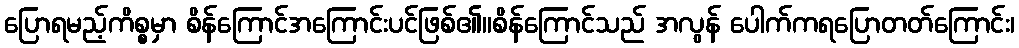
ပြောရမည့်ကိစ္စမှာ စိန်ကြောင်အကြောင်းပင်ဖြစ်၏။စိန်ကြောင်သည် အလွန် ပေါက်ကရပြောတတ်ကြောင်း၊